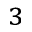
^ 3